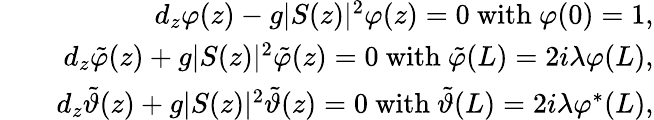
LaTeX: \begin{array}{rlr}&{}&{d_{z}\varphi(z)-g\vert S(z)\vert^{2}\varphi(z)=0\ \mathrm{with}\ \varphi(0)=1,}\\ &{}&{d_{z}\tilde{\varphi}(z)+g\vert S(z)\vert^{2}\tilde{\varphi}(z)=0\ \mathrm{with}\ \tilde{\varphi}(L)=2i\lambda\varphi(L),}\\ &{}&{d_{z}\tilde{\vartheta}(z)+g\vert S(z)\vert^{2}\tilde{\vartheta}(z)=0\ \mathrm{with}\ \tilde{\vartheta}(L)=2i\lambda\varphi^{\ast}(L),}\end{array}